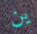
ين